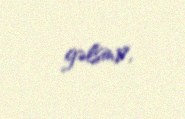
gəlsin?.